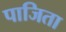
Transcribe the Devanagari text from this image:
पाजिता